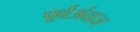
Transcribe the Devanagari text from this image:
पूर्वअंदाज